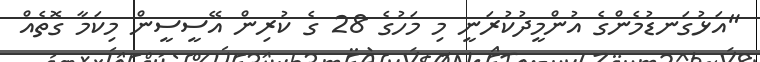
"އަޅުގަނޑުމެންގެ އުންމީދުކުރަނީ މި މަހުގެ 28 ގެ ކުރިން އޭސީސީން މިކަމާ ގޮތެއް